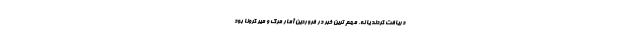
دریافت کردند یا نه. مهم ترین خبر در فروردین آمار مرگ و میر کرونا بود